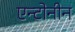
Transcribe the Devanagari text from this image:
एन्टोनीन